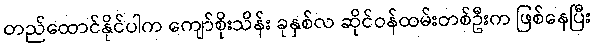
တည်ထောင်နိုင်ပါက ကျော်စိုးသိန်း ခုနှစ်လ ဆိုင်ဝန်ထမ်းတစ်ဦးက ဖြစ်နေပြီး